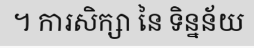
។ ការសិក្សា នៃ ទិន្នន័យ